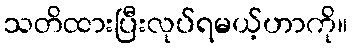
သတိထားပြီးလုပ်ရမယ့်ဟာကို။